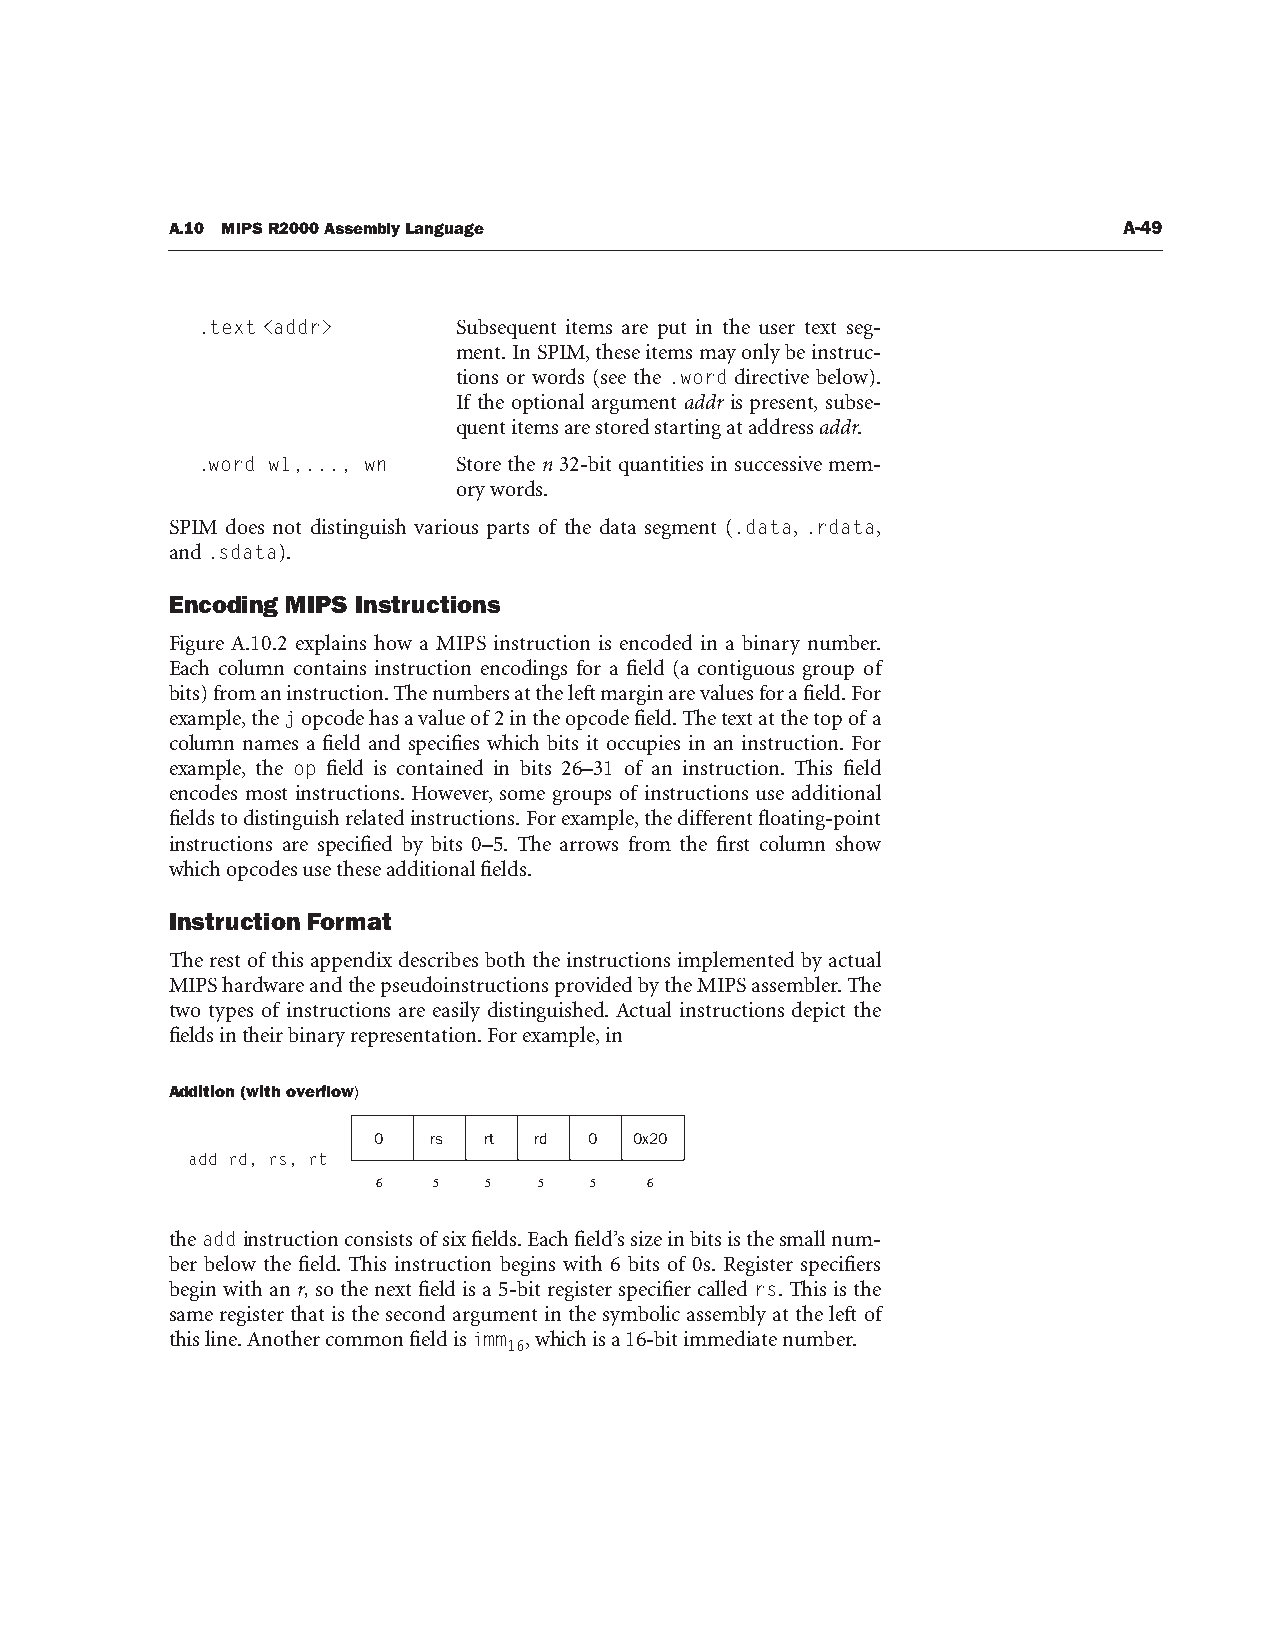
A.10 MIPS R2000 Assembly Language                              A-49
 .text <addr>     Subsequent items are put in the user text seg-
 ment. In SPIM, these items may only be instruc-
 tions or words (see the .word directive below).
 If the optional argument addr is present, subse-
 quent items are stored starting at address addr.
 .word w1,..., wn Store the n 32-bit quantities in successive mem-
 ory words.
 SPIM does not distinguish various parts of the data segment (.data, .rdata,
 and .sdata).
 Encoding MIPS Instructions
 Figure A.10.2 explains how a MIPS instruction is encoded in a binary number.
 Each column contains instruction encodings for a field (a contiguous group of
 bits) from an instruction. The numbers at the left margin are values for a field. For
 example, the j opcode has a value of 2 in the opcode field. The text at the top of a
 column names a field and specifies which bits it occupies in an instruction. For
 example, the op field is contained in bits 26–31 of an instruction. This field
 encodes most instructions. However, some groups of instructions use additional
 fields to distinguish related instructions. For example, the different floating-point
 instructions are specified by bits 0–5. The arrows from the first column show
 which opcodes use these additional fields.
 Instruction Format
 The rest of this appendix describes both the instructions implemented by actual
 MIPS hardware and the pseudoinstructions provided by the MIPS assembler. The
 two types of instructions are easily distinguished. Actual instructions depict the
 fields in their binary representation. For example, in
 Addition (with overflow)
 0  rs  rt rd  0  0x20
 add rd, rs, rt
 6   5  5   5  5   6
 the add instruction consists of six fields. Each field’s size in bits is the small num-
 ber below the field. This instruction begins with 6 bits of 0s. Register specifiers
 begin with an r, so the next field is a 5-bit register specifier called rs. This is the
 same register that is the second argument in the symbolic assembly at the left of
 this line. Another common field is imm , which is a 16-bit immediate number.
 16